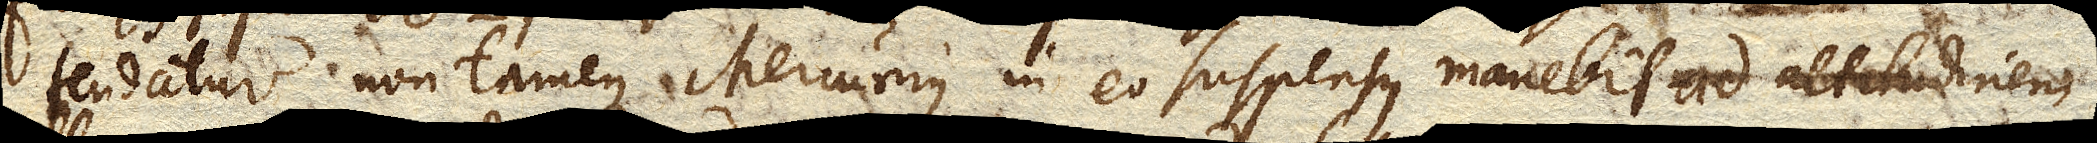
tendatur non tamen Mercurius in eo suspensus manebit ad altitudinem